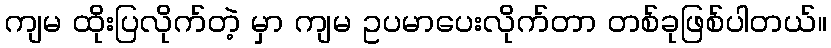
ကျမ ထိုးပြလိုက်တဲ့ မှာ ကျမ ဥပမာပေးလိုက်တာ တစ်ခုဖြစ်ပါတယ်။